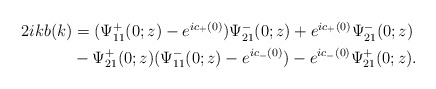
\begin{align*}\begin{aligned}2ikb(k)&=(\Psi^+_{11}(0 ;z)-e^{ic_+(0)}) \Psi^-_{21}(0;z)+e^{ic_+(0)}\Psi^-_{21}(0;z)\\&-\Psi^+_{21}(0;z) (\Psi^-_{11}(0;z)-e^{ic_-(0)})-e^{ic_-(0)}\Psi^+_{21}(0;z).\end{aligned}\end{align*}